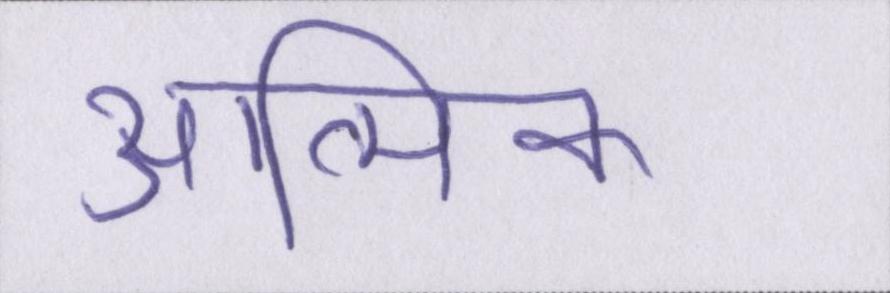
आत्मिक